Document type: Enfranchisement
Year: 1297
Scribe: Jaume de Trilla
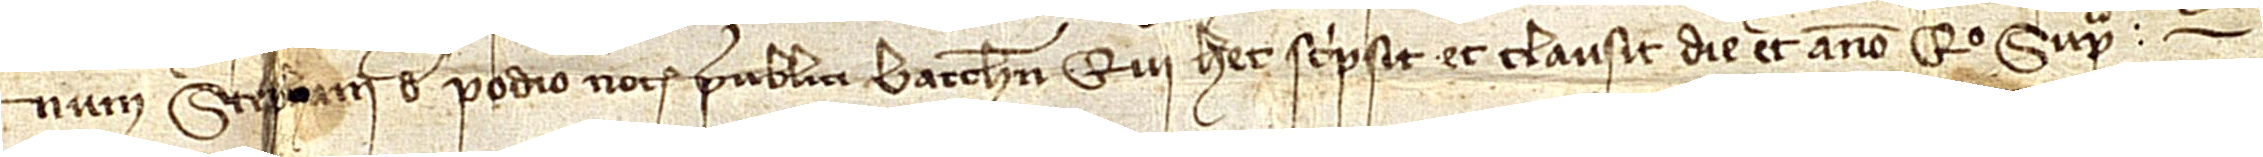
num Stephani de Podio, notarii publici Barchinone, qui hec scripsit et clausit die et anno quo supra.